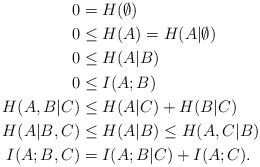
LaTeX: \begin{align*} 0 &= H(\emptyset) \\ 0 &\le H(A) = H(A|\emptyset)\\ 0 &\le H(A|B)\\ 0 &\le I(A;B)\\ H(A,B|C) &\le H(A|C) + H(B|C)\\ H(A|B,C) &\le H(A|B) \leq H(A,C|B)\\ I(A;B,C) &= I(A;B|C) + I(A;C). \end{align*}